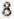
8